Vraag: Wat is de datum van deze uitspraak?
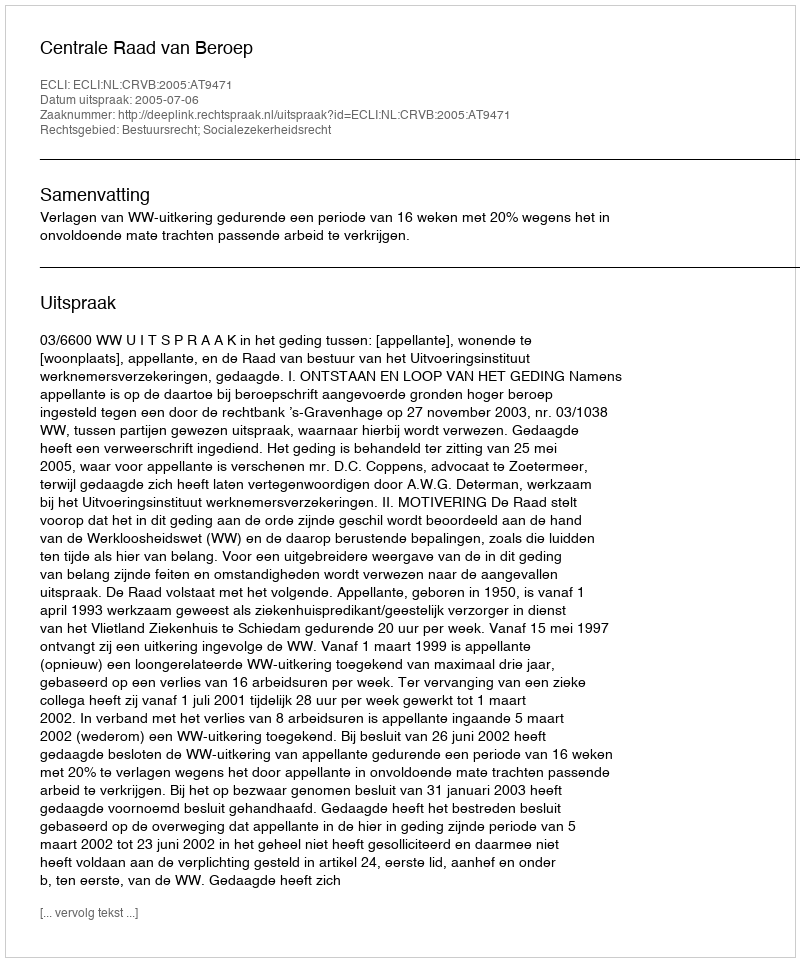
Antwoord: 2005-07-06